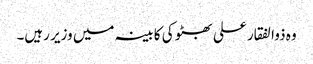
وہ ذوالفقار علی بھٹو کی کابینہ میں وزیر رہیں۔